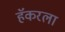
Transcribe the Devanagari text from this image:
हॅकरला